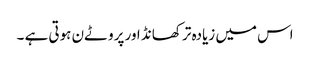
اس میں زیادہ تر کھانڈ اور پروٹےن ہوتی ہے ۔